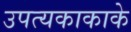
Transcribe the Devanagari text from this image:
उपत्यकाकाके